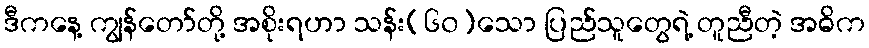
ဒီကနေ့ ကျွန်တော်တို့ အစိုးရဟာ သန်း(၆၀)သော ပြည်သူတွေရဲ့ တူညီတဲ့ အဓိက